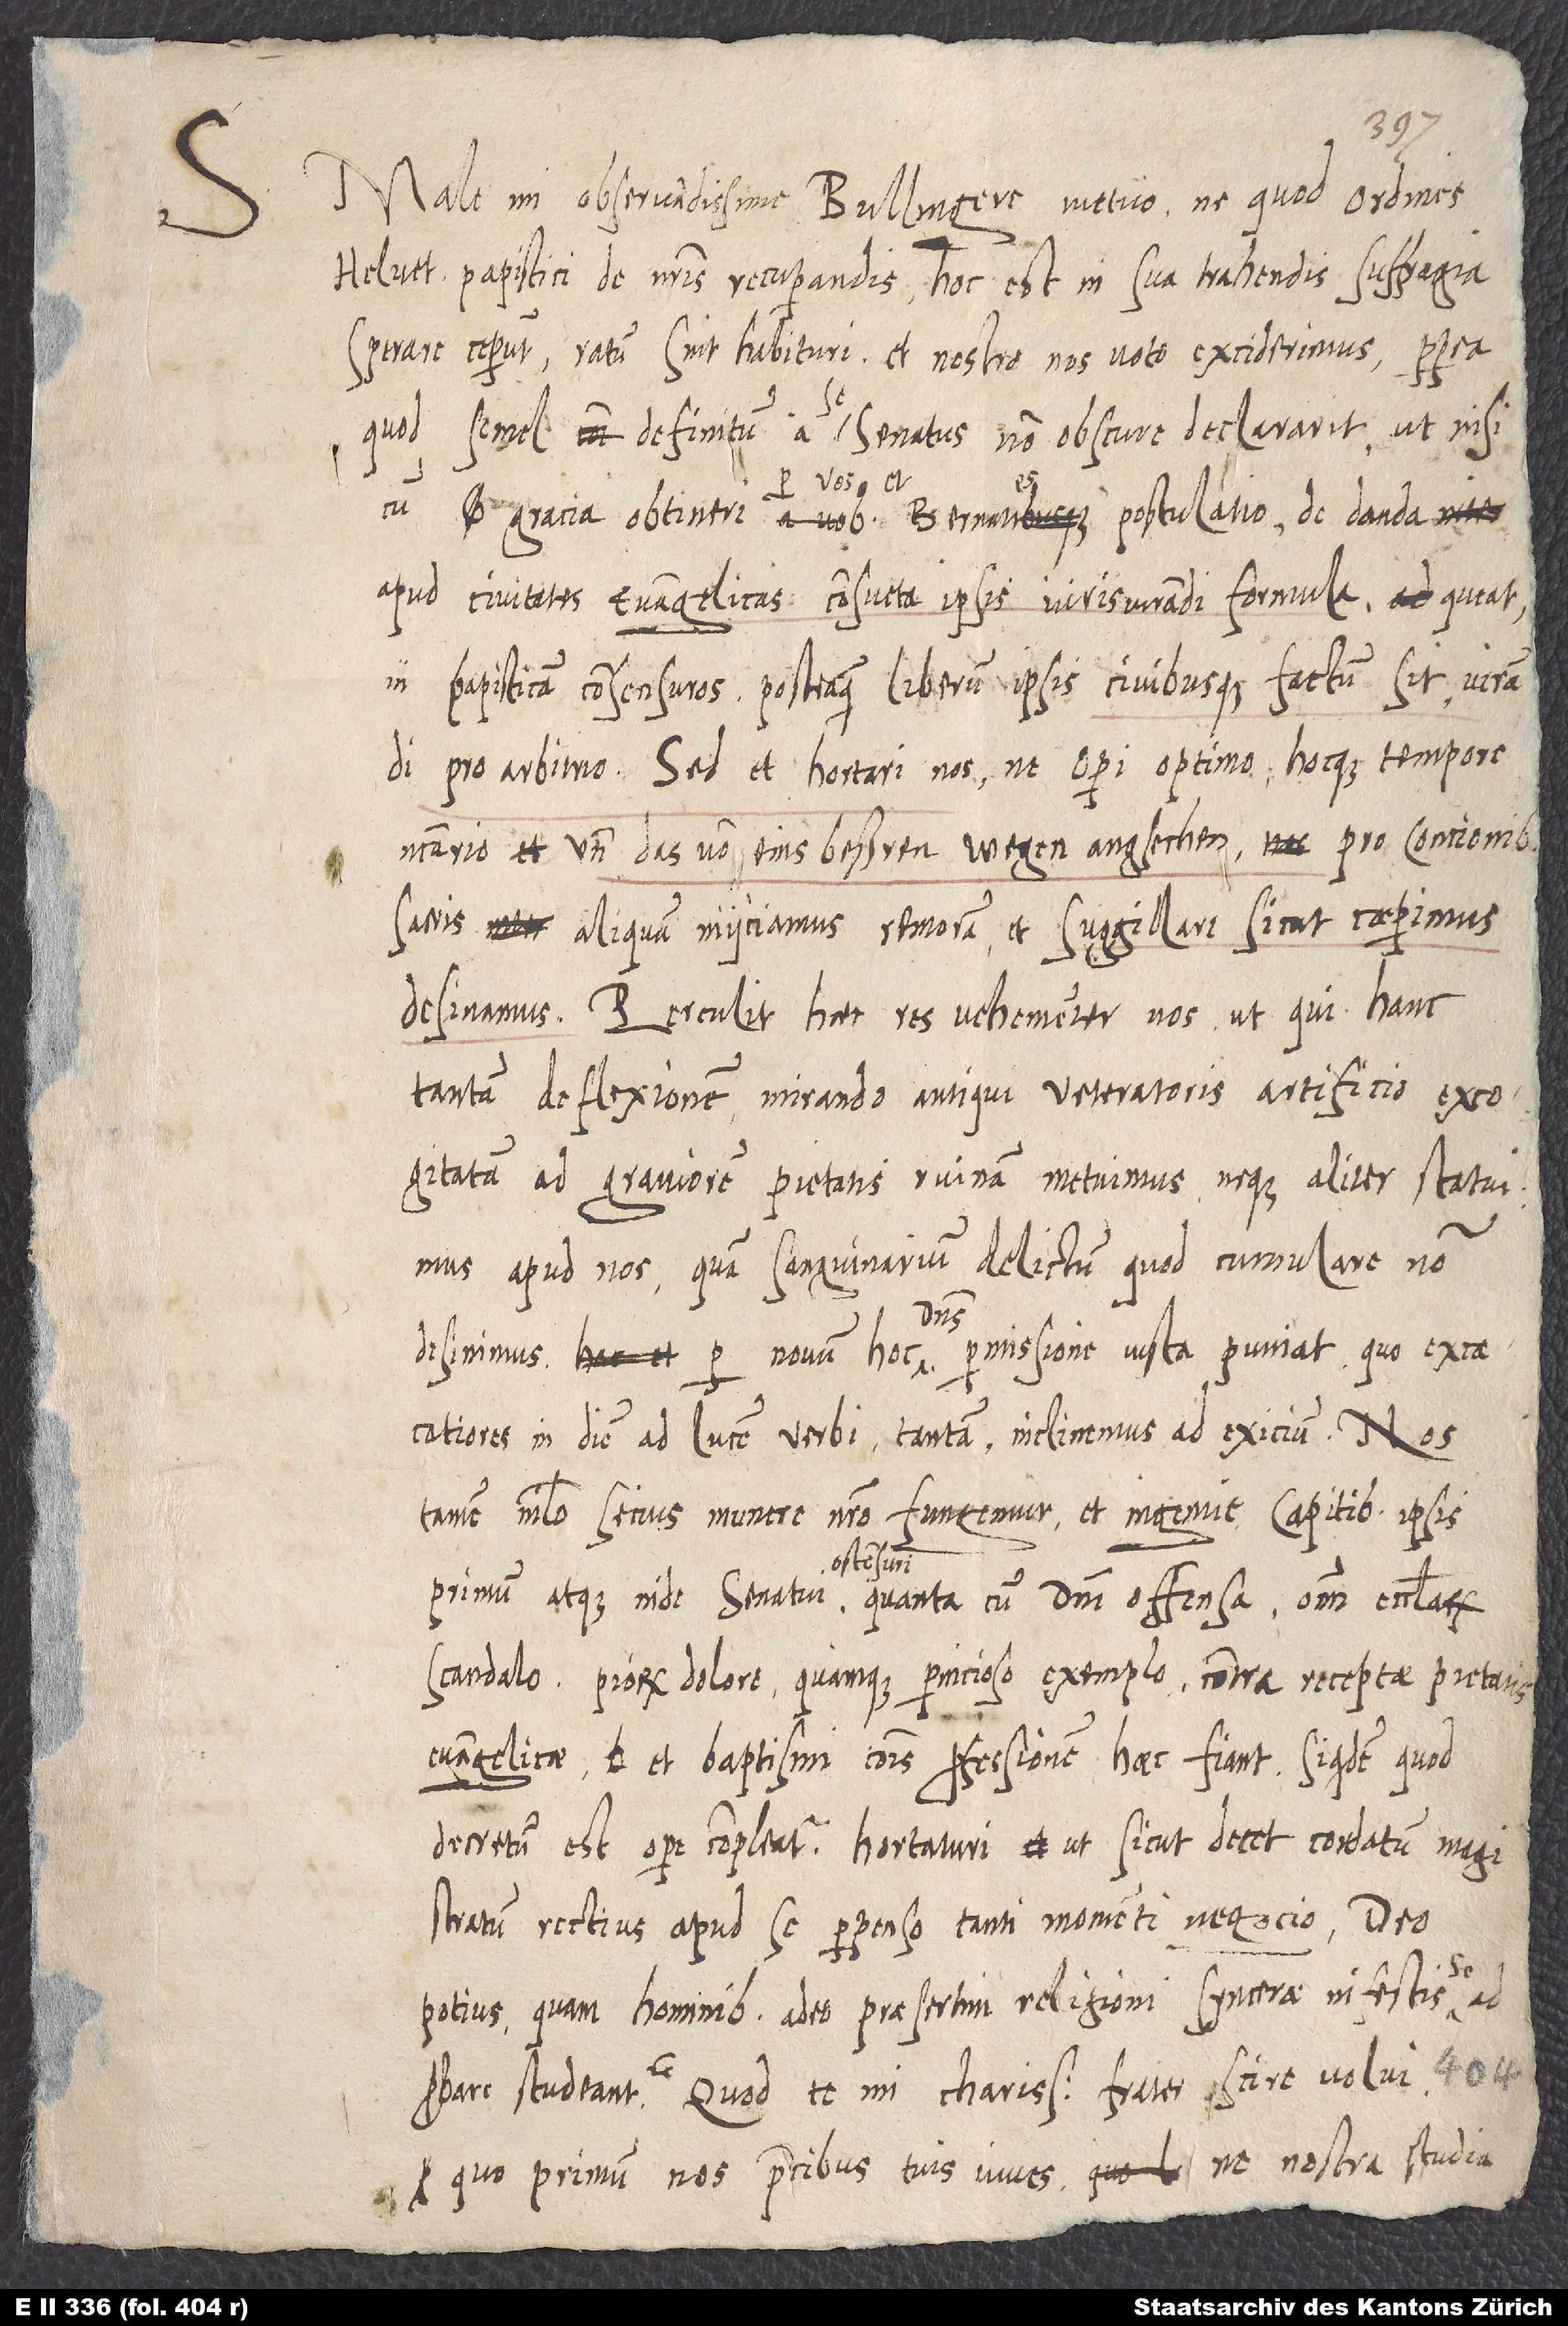
Male, mi observandissime Bullingere, metuo, ne, quod ordines
Helvet papistici de nostris recuperandis, hoc est in sua trahenda suffragia
sperare ceperunt, ratum sint habituri et nostro nos voto exciderimus, propterea
quod semel definitum a se senatus non obscure declararit, ut, nisi
per vos
apud civitates evangelicas consueta ipsis iurisiurandi formula queat,
in papisticam consensuros, posteaquam liberum ipsis civibusque factum sit iurandi
pro arbitrio. Sed et hortari nos, ut operi optimo hocque tempore
necessario, und das von eins beßeren wegen angsechen, pro concionibus
sacris aliquam iniiciamus remoram et suggilare, sicut coeperimus,
desinamus. Perculit haec res vehementer nos, ut qui hanc
tantam deflexionem mirando antiqui veteratoris artificio excogitatam
ad graviorem pietatis ruinam metuimus neque aliter statuimus
apud nos quam sanguinarium delictum, quod cumulare non
Dominus
desinimus per novum hoc, dominus permissione iusta puniat, quo excaecatiores
in diem ad lucem verbi tantam inclinemus ad exicium. Nos
tamen nihilo secius munere nostro fungemur et ingenue capitibus ipsis
scandalo, piorum dolore quamque pernicioso exemplo contra receptae pietatis
evangelicae et baptismi communis professionem haec fiant, siquidem, quod
decretum est, opere compleatur, hortaturi, ut, sicut decet cordatum magistratum,
rectius apud se perpenso tanti momenti negocio deo
potius quam hominibus adeo praesertim religioni syncerae infestis
adprobare studeant. Quod te, mi charissime frater, scire volui,
quo primum nos precibus tuis iuves, ne nostra studia